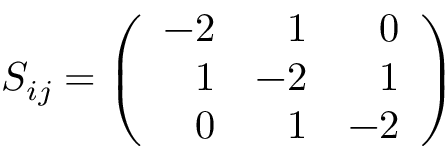
S _ { i j } = \left( \begin{array} { r r r } { { - 2 } } & { { 1 } } & { { 0 } } \\ { { 1 } } & { { - 2 } } & { { 1 } } \\ { { 0 } } & { { 1 } } & { { - 2 } } \end{array} \right)